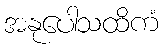
အနုပေါသထိကံ